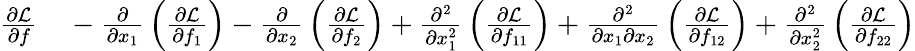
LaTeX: \begin{array}{rl}{{\frac{\partial{\mathcal{L}}}{\partial f}}}&{{}-{\frac{\partial}{\partial x_{1}}}\left({\frac{\partial{\mathcal{L}}}{\partial f_{1}}}\right)-{\frac{\partial}{\partial x_{2}}}\left({\frac{\partial{\mathcal{L}}}{\partial f_{2}}}\right)+{\frac{\partial^{2}}{\partial x_{1}^{2}}}\left({\frac{\partial{\mathcal{L}}}{\partial f_{11}}}\right)+{\frac{\partial^{2}}{\partial x_{1}\partial x_{2}}}\left({\frac{\partial{\mathcal{L}}}{\partial f_{12}}}\right)+{\frac{\partial^{2}}{\partial x_{2}^{2}}}\left({\frac{\partial{\mathcal{L}}}{\partial f_{22}}}\right)}\end{array}